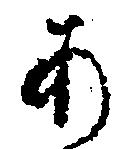
あ